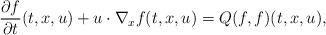
LaTeX: \begin{align*}\frac{ \partial f}{\partial t} (t, x, u)+ u \cdot \nabla_x f(t, x, u) = Q(f, f)(t,x,u), \end{align*}